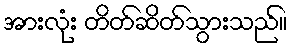
အားလုံး တိတ်ဆိတ်သွားသည်။